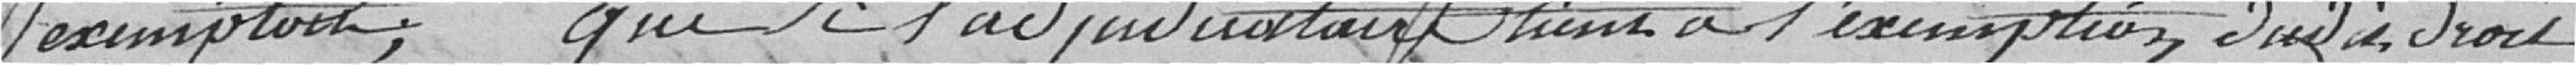
exemptoire ; que l'adjudicataire tient à l'exemption dudit droit